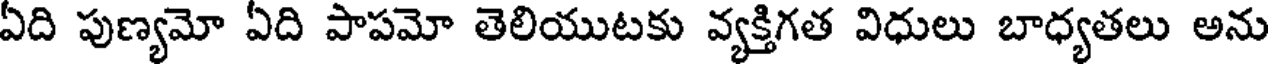
ఏది పుణ్యమో ఏది పాపమో తెలియుటకు వ్యక్తిగత విధులు బాధ్యతలు అను